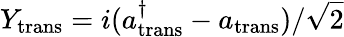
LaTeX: Y_{\mathrm{trans}}=i(a_{\mathrm{trans}}^{\dagger}-a_{\mathrm{trans}})/\sqrt{2}